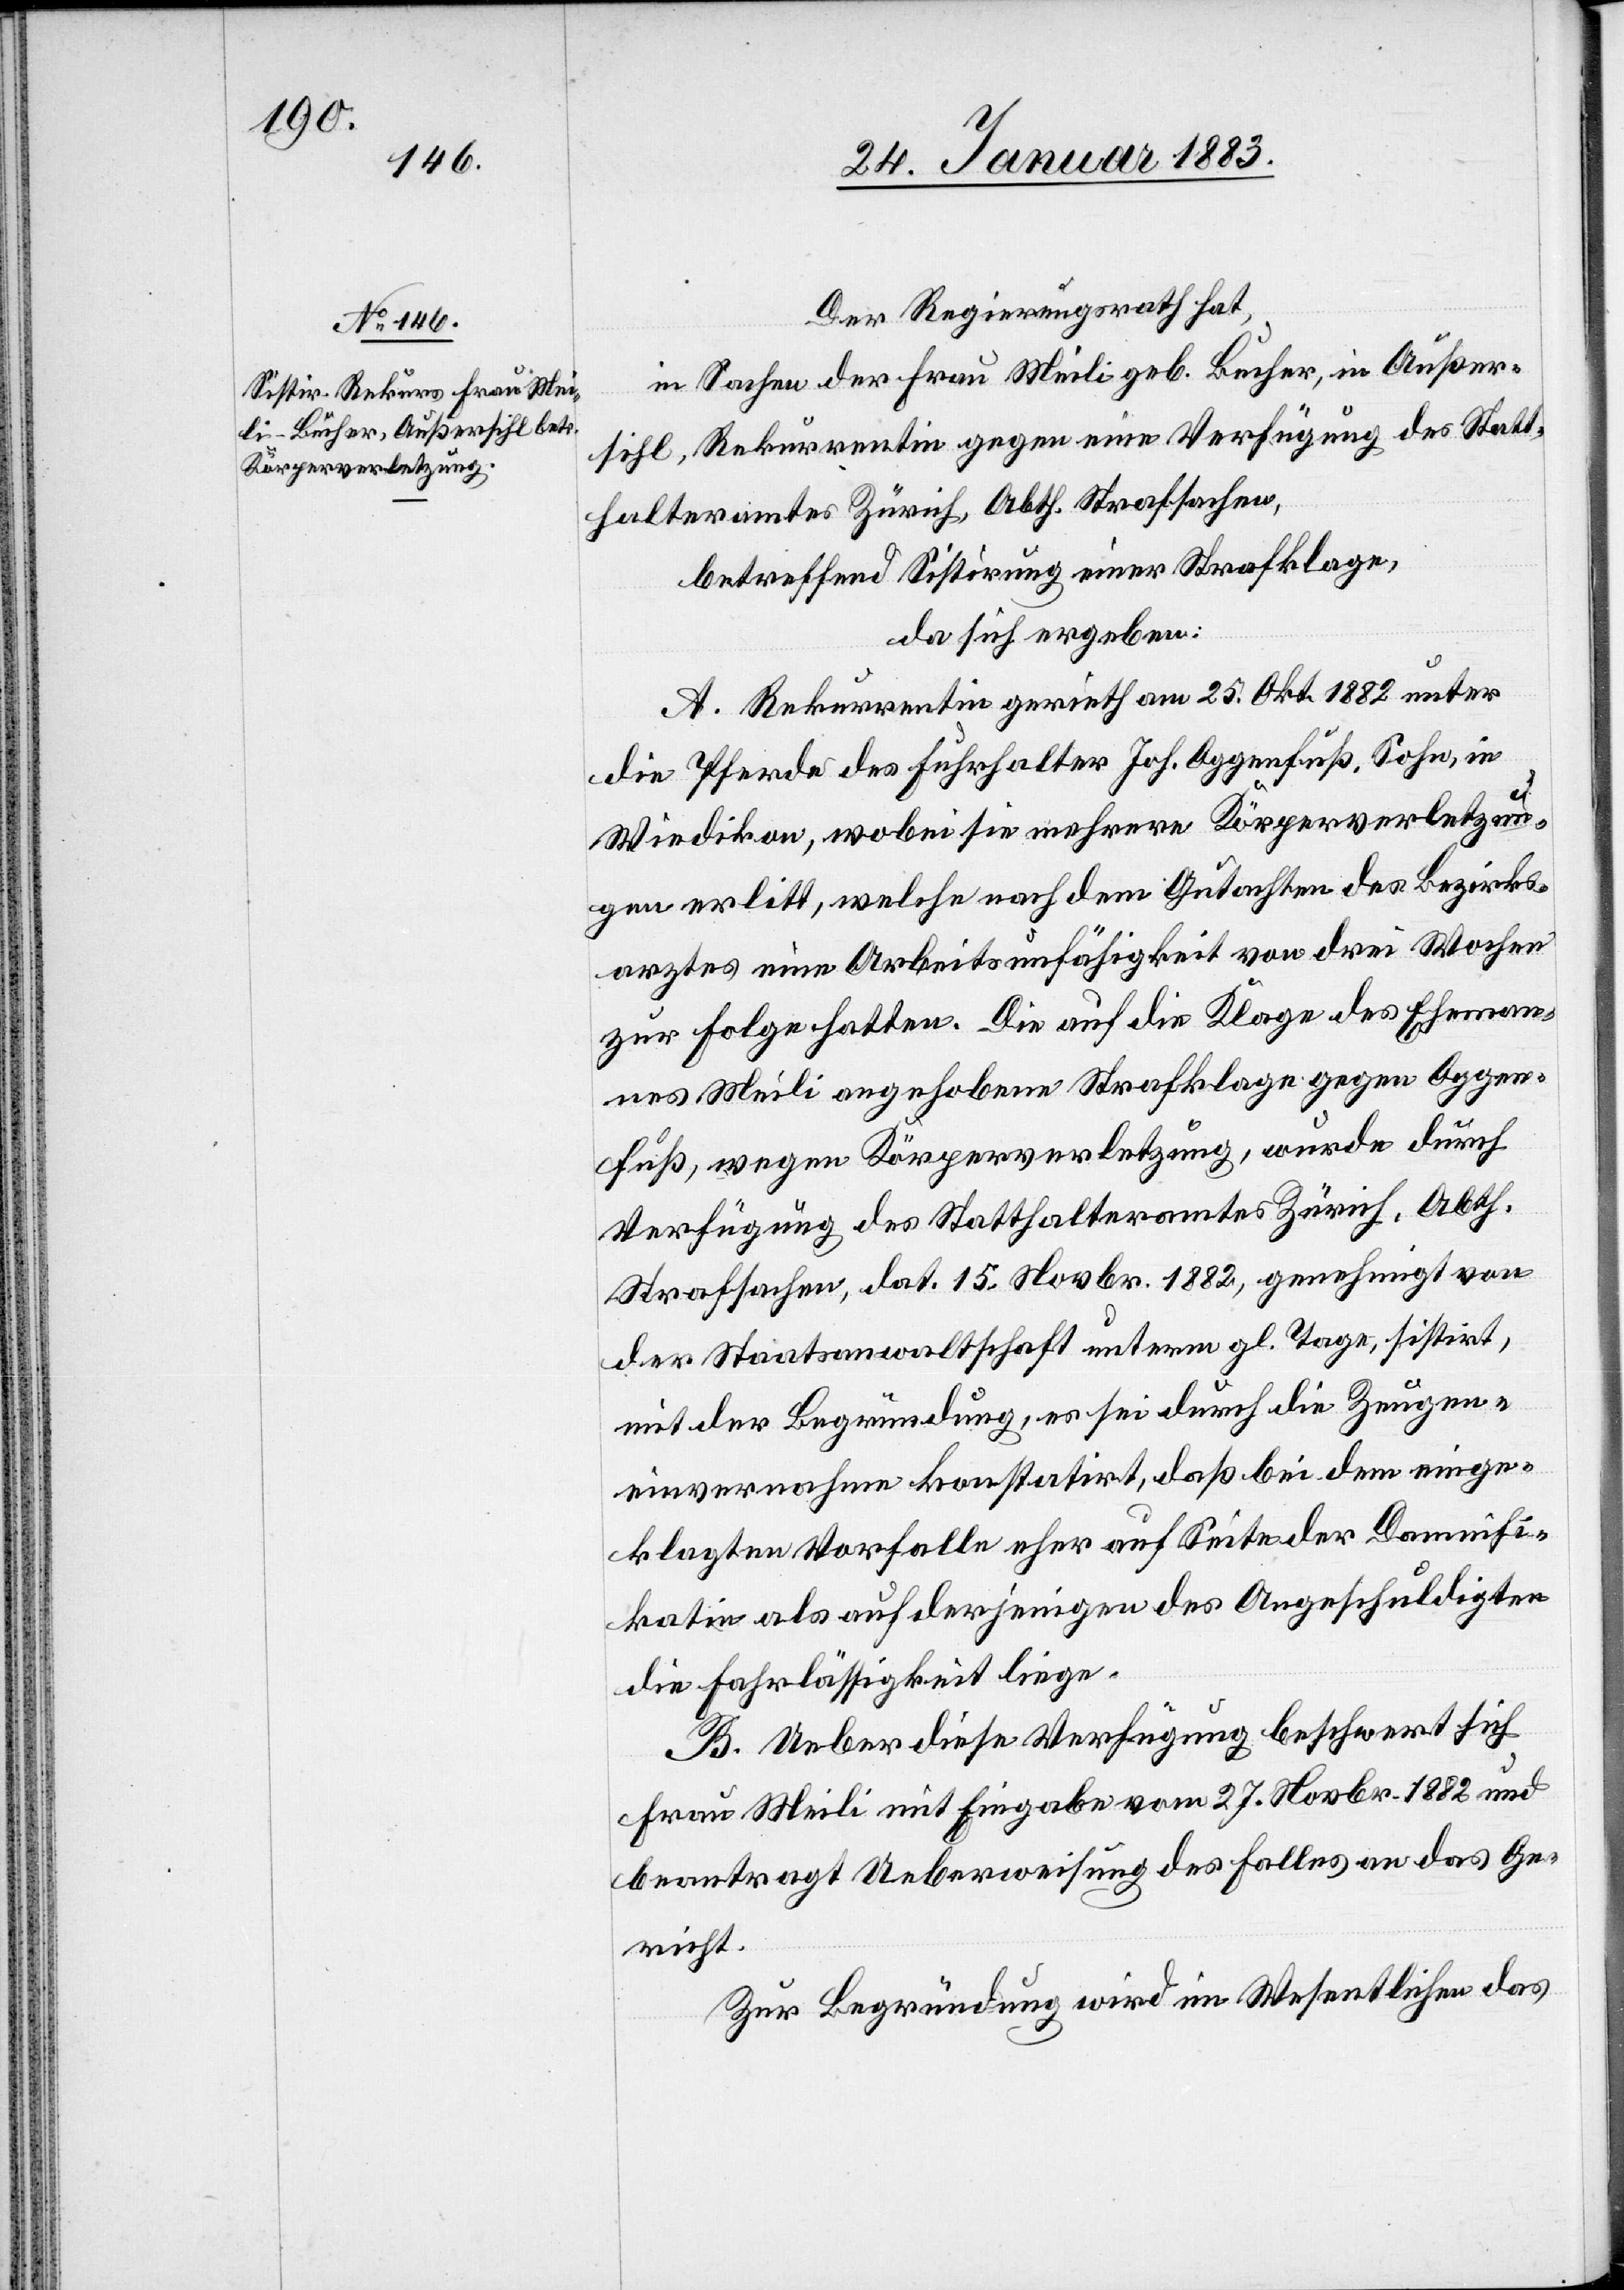
Der Regierungsrath hat,
in Sachen der Frau Meili geb. Bucher, in Außer¬
sihl, Rekurrentin gegen eine Verfügung des Statt¬
halteramtes Zürich, Abth. Strafsachen,
betreffend Sistirung einer Strafklage,
da sich ergeben:
A. Rekurrentin gerieth am 25. Okt. 1882 unter
die Pferde des Fuhrhalter Joh. Oggenfuß, Sohn, in
Wiedikon, wobei sie mehrere Körperverletzun¬
gen erlitt, welche nach dem Gutachten des Bezirks¬
arztes eine Arbeitsunfähigkeit von drei Wochen
zur Folge hatten. Die auf die Klage des Eheman¬
nes Meili angehobene Strafklage gegen Oggen¬
fuß, wegen Körperverletzung, wurde durch
Verfügung des Statthalteramtes Zürich, Abth.
Strafsachen, dat. 15. Novbr. 1882, genehmigt von
der Staatsanwaltschaft unterm gl. Tage, sistirt,
mit der Begründung, es sei durch die Zeugen¬
einvernahme konstatirt, daß bei dem einge¬
klagten Vorfalle eher auf Seite der Damnifi¬
katin als auf derjenigen des Angeschuldigten
die Fahrlässigkeit liege.
B. Ueber diese Verfügung beschwert sich
Frau Meili mit Eingabe vom 27. Novbr. 1882 und
beantragt Ueberweisung des Falles an das Ge¬
richt.
Zur Begründung wird im Wesentlichen das